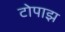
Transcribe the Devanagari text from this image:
टोपाझ